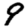
Digit: 9